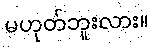
မဟုတ်ဘူးလား။